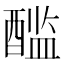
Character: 𰼏